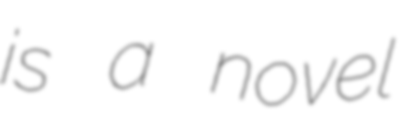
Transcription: is a novel